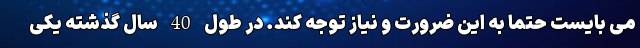
می بایست حتما به این ضرورت و نیاز توجه کند. در طول 40 سال گذشته یکی